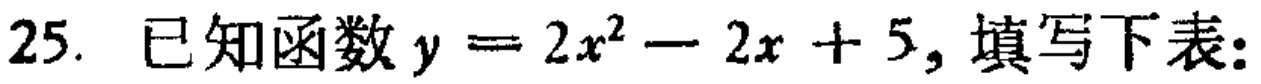
25. 已知函数\(y = 2x^{2}-2x + 5\)，填写下表：